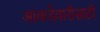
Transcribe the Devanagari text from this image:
आकडेवारीसाठी